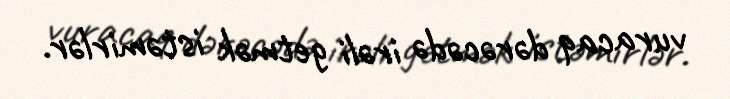
vuracaq dərəcədə irəli getmək istəmirlər.